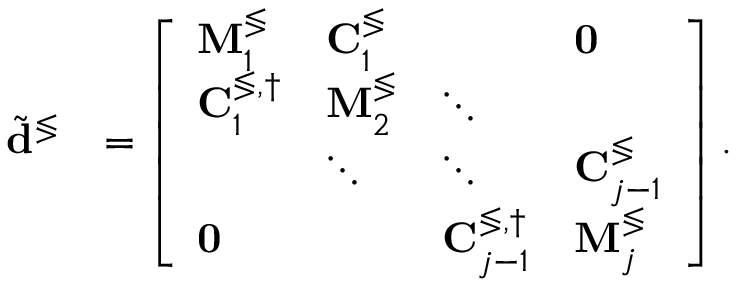
\begin{array} { r l } { \tilde { \mathbf { d } } ^ { \lessgtr } } & { = \left[ \begin{array} { l l l l } { \mathbf { M } _ { 1 } ^ { \lessgtr } } & { \mathbf { C } _ { 1 } ^ { \lessgtr } } & & { \mathbf { 0 } } \\ { \mathbf { C } _ { 1 } ^ { \lessgtr , \dagger } } & { \mathbf { M } _ { 2 } ^ { \lessgtr } } & { \ddots } \\ & { \ddots } & { \ddots } & { \mathbf { C } _ { j - 1 } ^ { \lessgtr } } \\ { \mathbf { 0 } } & & { \mathbf { C } _ { j - 1 } ^ { \lessgtr , \dagger } } & { \mathbf { M } _ { j } ^ { \lessgtr } } \end{array} \right] . } \end{array}